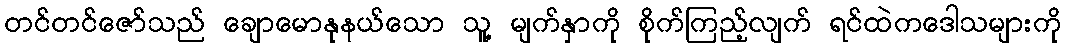
တင်တင်ဇော်သည် ချောမောနုနယ်သော သူ့ မျက်နှာကို စိုက်ကြည့်လျက် ရင်ထဲကဒေါသများကို